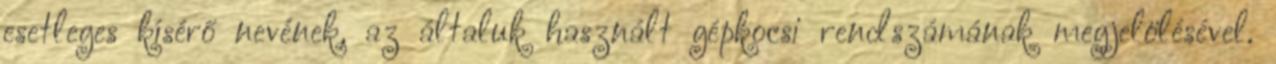
esetleges kísérő nevének, az általuk használt gépkocsi rendszámának megjelölésével.